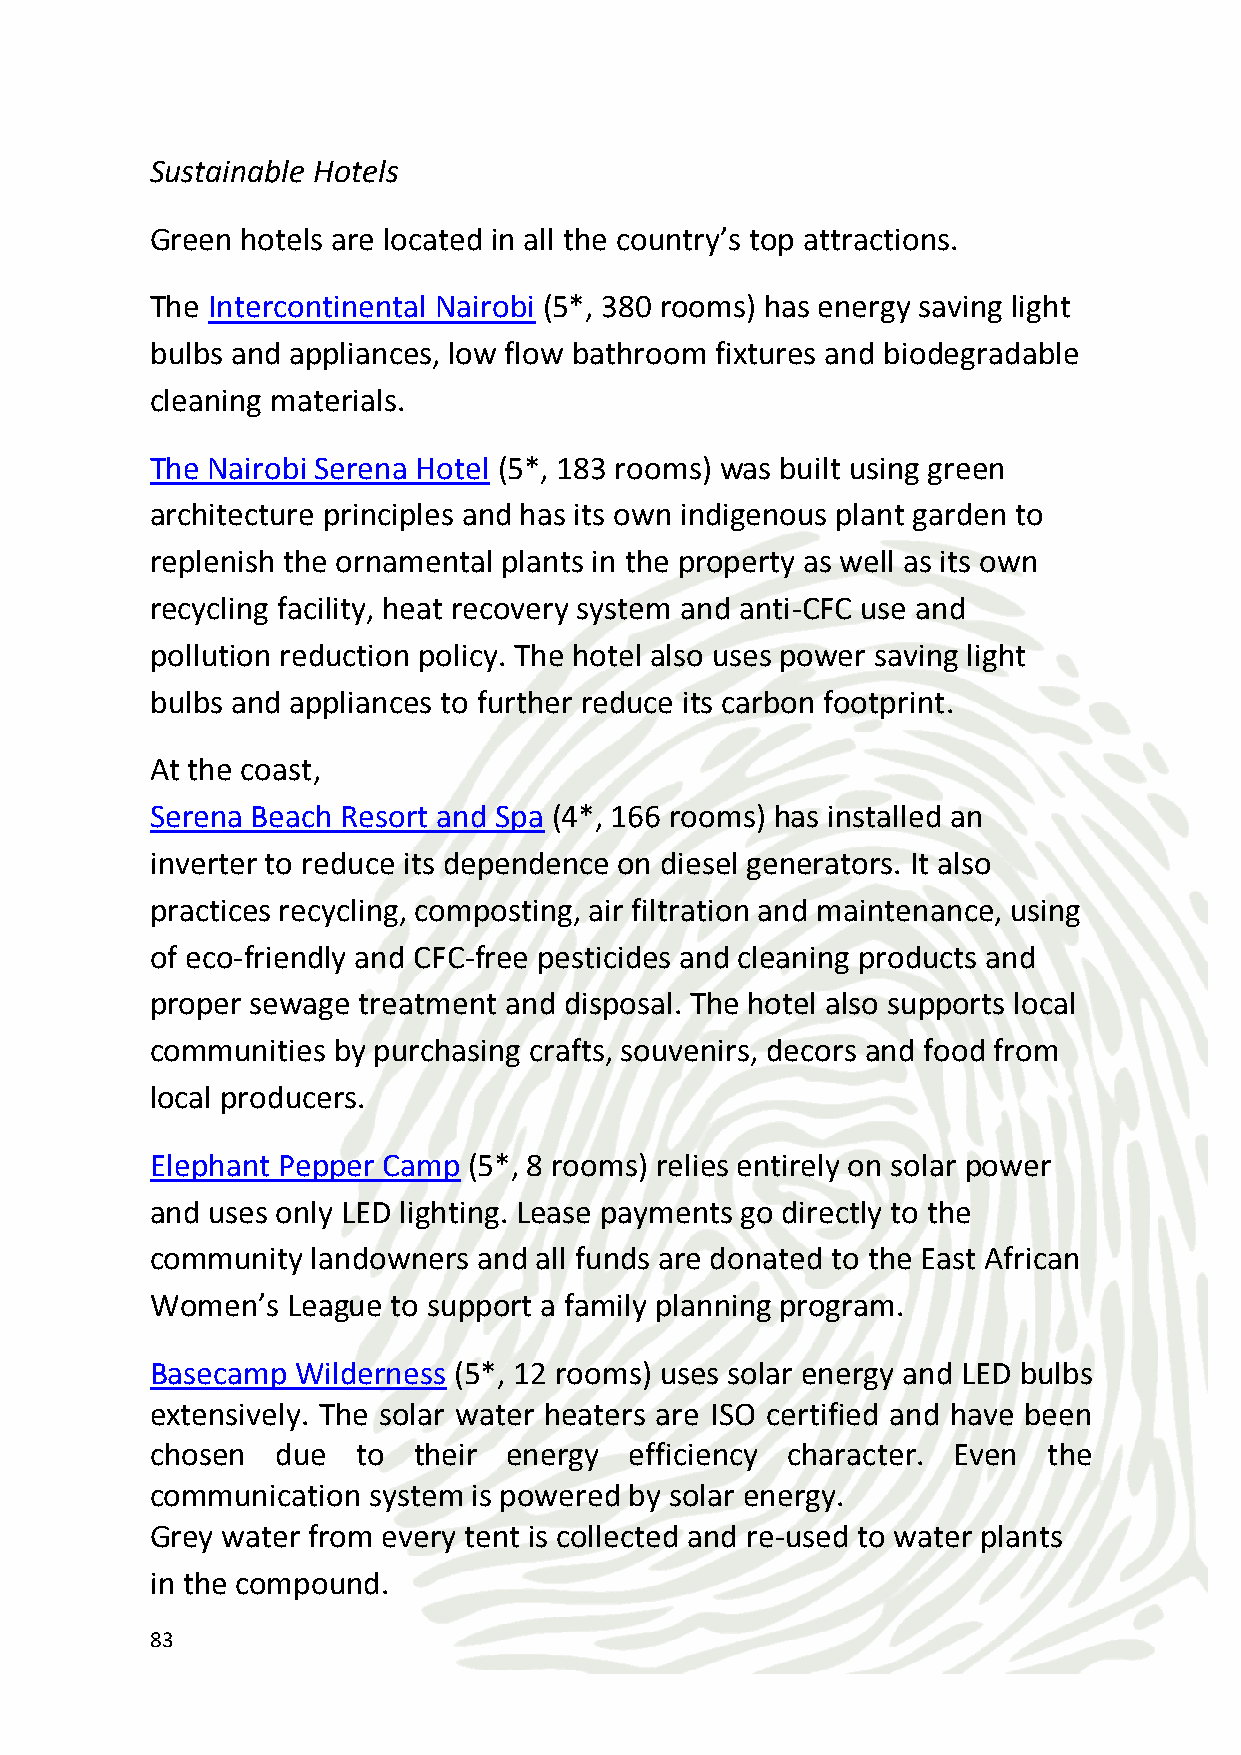
Rating: 17/20
 Sustainable Dining
 The Fairmont Norfolk Hotel Nairobi’s Tatu Restaurant serves meals
 made with locally sourced meat, seafood and produce and even uses
 sustainable charcoal to prepare its award-winning signature steak
 dishes. Other sustainable dining options include the Bhandini
 Restaurant at the Intercontinental Hotel Nairobi which offers
 Kenyan-Indian fusion dishes made from locally harvested ingredients
 and The Mandhari at the Nairobi Serena Hotel which is known for its
 seasonally inspired menu using local produce.
 Rating: 15/20
 Green meeting facilities
 The Fairmont Norfolk Hotel (5*, 170 rooms) in Nairobi allows guests
 to avail of a paperless booking service, eco-friendly food options
 using locally sourced organic ingredients, facilities with energy
 efficient appliances and recycling equipment, reusable dinnerware
 and table linen and many others.
 The Intercontinental Nairobi offers eco-friendly options like recycled
 flip charts, recycling bins at the event venue, meals made from locally
 grown organic produce, fair trade beverages and washable flatware
 and utensils.
 Radisson Blue Hotel Nairobi offers a green meeting program which
 allows guests to calculate and reduce the carbon footprint of their
 meetings.
 84